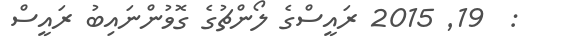
:  19